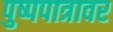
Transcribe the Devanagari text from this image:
पुष्पपात्रावर